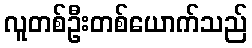
လူတစ်ဦးတစ်ယောက်သည်